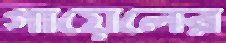
গায়েলের